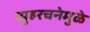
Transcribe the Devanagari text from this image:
व्युहरचनेमुळे